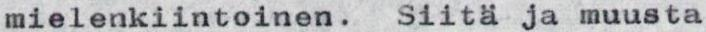
mielenkiintoinen. Siitä ja muusta